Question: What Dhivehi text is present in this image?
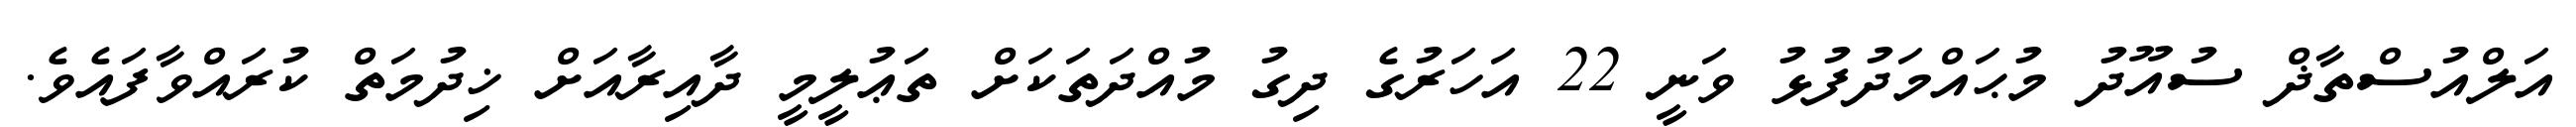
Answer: އަލްއުސްތާޛް ސުއޫދު މުޙައްމަދުފުޅު ވަނީ 22 އަހަރުގެ ދިގު މުއްދަތަކަށް ތަޢުލީމީ ދާއިރާއަށް ޚިދުމަތް ކުރައްވާފައެވެ.